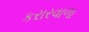
કરારવાળા